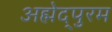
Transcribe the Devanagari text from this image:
अह्मेद्पुरम